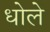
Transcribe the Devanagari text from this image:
धोले